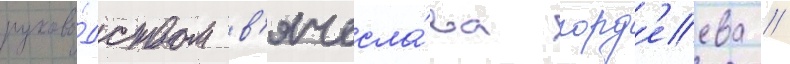
руково́дством в'ячесла́ва горд'еева //